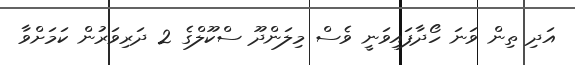
އަދި ތިން ވަނަ ހޯދާފައިވަނީ ވެސް މިލަންދޫ ސްކޫލްގެ 2 ދަރިވަރުން ކަމަށްވާ